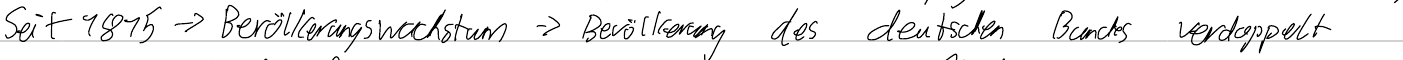
Seit 1815 -> Bevölkerungswachstum -> Bevölkerung des deutschen Bundes verdoppelt